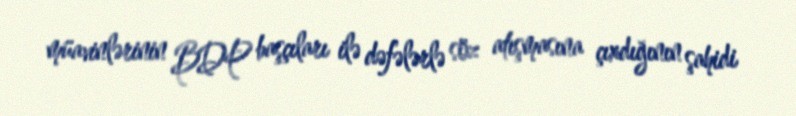
müavinlərinin BDP başçıları ilə dəfələrlə söz atışmasına çıxdığının şahidi